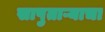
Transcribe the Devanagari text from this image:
सापुताऱ्याचा